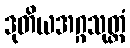
ဒုတိယအဂ္ဂသုတ္တံ